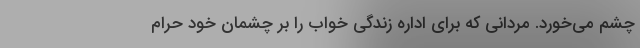
چشم می‌خورد. مردانی که برای اداره زندگی خواب را بر چشمان خود حرام